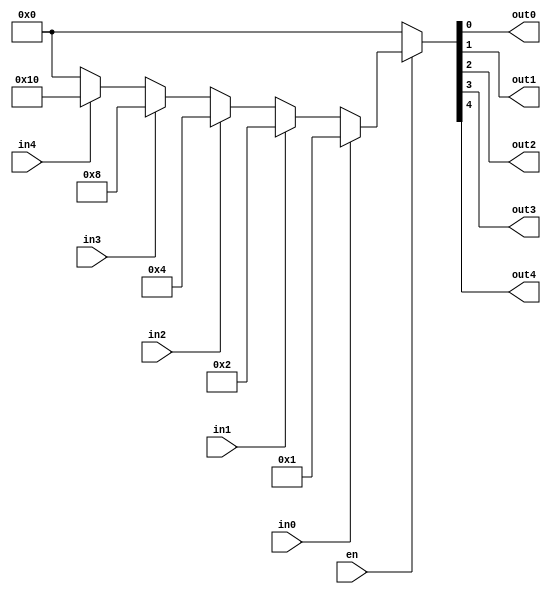

module prienc
  (
   input  in0,
   input  in1,
   input  in2,
   input  in3,
   input  in4,
   input  en,
   output out0,
   output out1,
   output out2,
   output out3,
   output out4
   );

   reg [4:0] out;

   assign {out4, out3, out2, out1, out0} = out;
   
   always @* begin
      if (!en)
        out <= 5'b00000;
      else if (in0)
        out <= 5'b00001;
      else if (in1)
        out <= 5'b00010;
      else if (in2)
        out <= 5'b00100;
      else if (in3)
        out <= 5'b01000;
      else if (in4)
        out <= 5'b10000;
      else
        out <= 5'b00000;
   end
   
endmodule